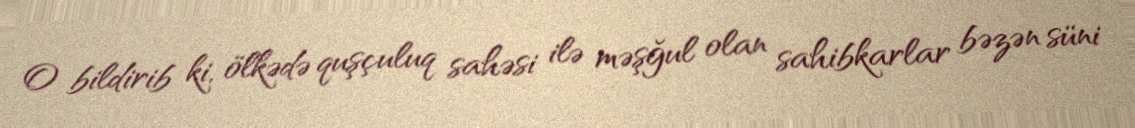
O bildirib ki, ölkədə quşçuluq sahəsi ilə məşğul olan sahibkarlar bəzən süni